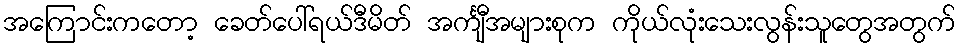
အကြောင်းကတော့ ခေတ်ပေါ်ရယ်ဒီမိတ် အင်္ကျီအများစုက ကိုယ်လုံးသေးလွန်းသူတွေအတွက်